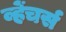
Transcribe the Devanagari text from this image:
व्हेंचर्स